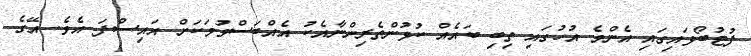
ފުޓުބޯޅައިގައި އެންމެ އުހުގައި ތިބި ބައެއް ކުޅުންތެރިންނާއެކު އެއްބަސްވުމަކަށް އައިސްފަ އެވެ. އޭގެ